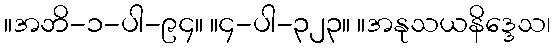
။အဘိ-၁-ပါ-၉၄။ ။၄-ပါ-၃၂၃။ ။အနုသယနိဒ္ဒေသ၊